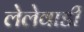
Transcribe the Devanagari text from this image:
लेलेवाडी